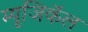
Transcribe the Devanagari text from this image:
म्यूजिकॅल